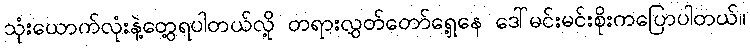
သုံးယောက်လုံးနဲ့တွေ့ရပါတယ်လို့ တရားလွှတ်တော်ရှေ့နေ ဒေါ်မင်းမင်းစိုးကပြောပါတယ်။